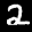
Label: 2